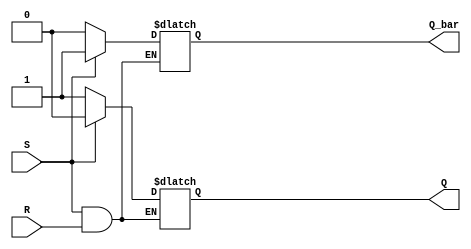
module SRFlipFlop (
    input S, R,
    output Q, Q_bar
);

reg Q, Q_bar;

always @(S, R) begin
    if (S == 0) begin
        Q <= 1;
        Q_bar <= 0;
    end
    else if (R == 0) begin
        Q <= 0;
        Q_bar <= 1;
    end
end

endmodule